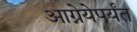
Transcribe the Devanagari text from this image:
आग्नेयेपर्यंत